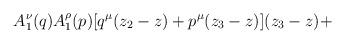
LaTeX: \begin{align*}A_1^\nu (q)A_1^\rho (p)[q^\mu(z_2-z)+p^\mu (z_3-z)](z_3-z)+\end{align*}